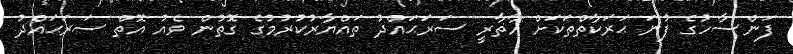
ފަންސާހުގެ ފުނަ ޙަރަކާތްތަކަށް އާޡާރީ ސަރަޙައްދު ތައްޔާރުކުރުމުގެ ގޮތުން ވެއު އޮތް ސަރަޙައްދު